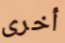
أخرى